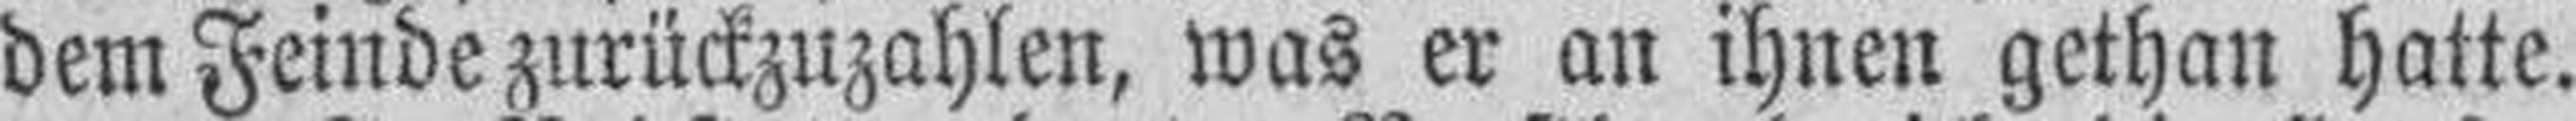
dem Feinde zurückzuzahlen, was er an ihnen gethan hatte.